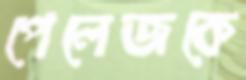
পেলেজকে